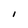
Character: I